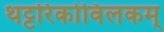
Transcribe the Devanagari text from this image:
थट्टरिकोविलकम्